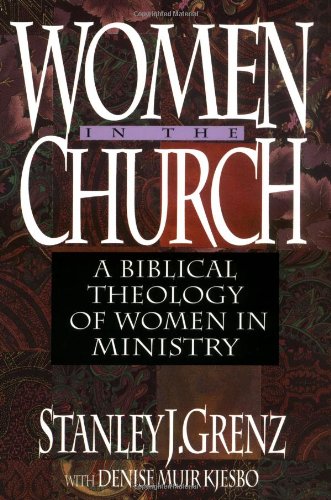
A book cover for Women in the Church: A Biblical Theology of Women in Ministry; Stanley J. Grenz; Christian Books & Bibles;